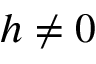
h \neq 0